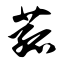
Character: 菰